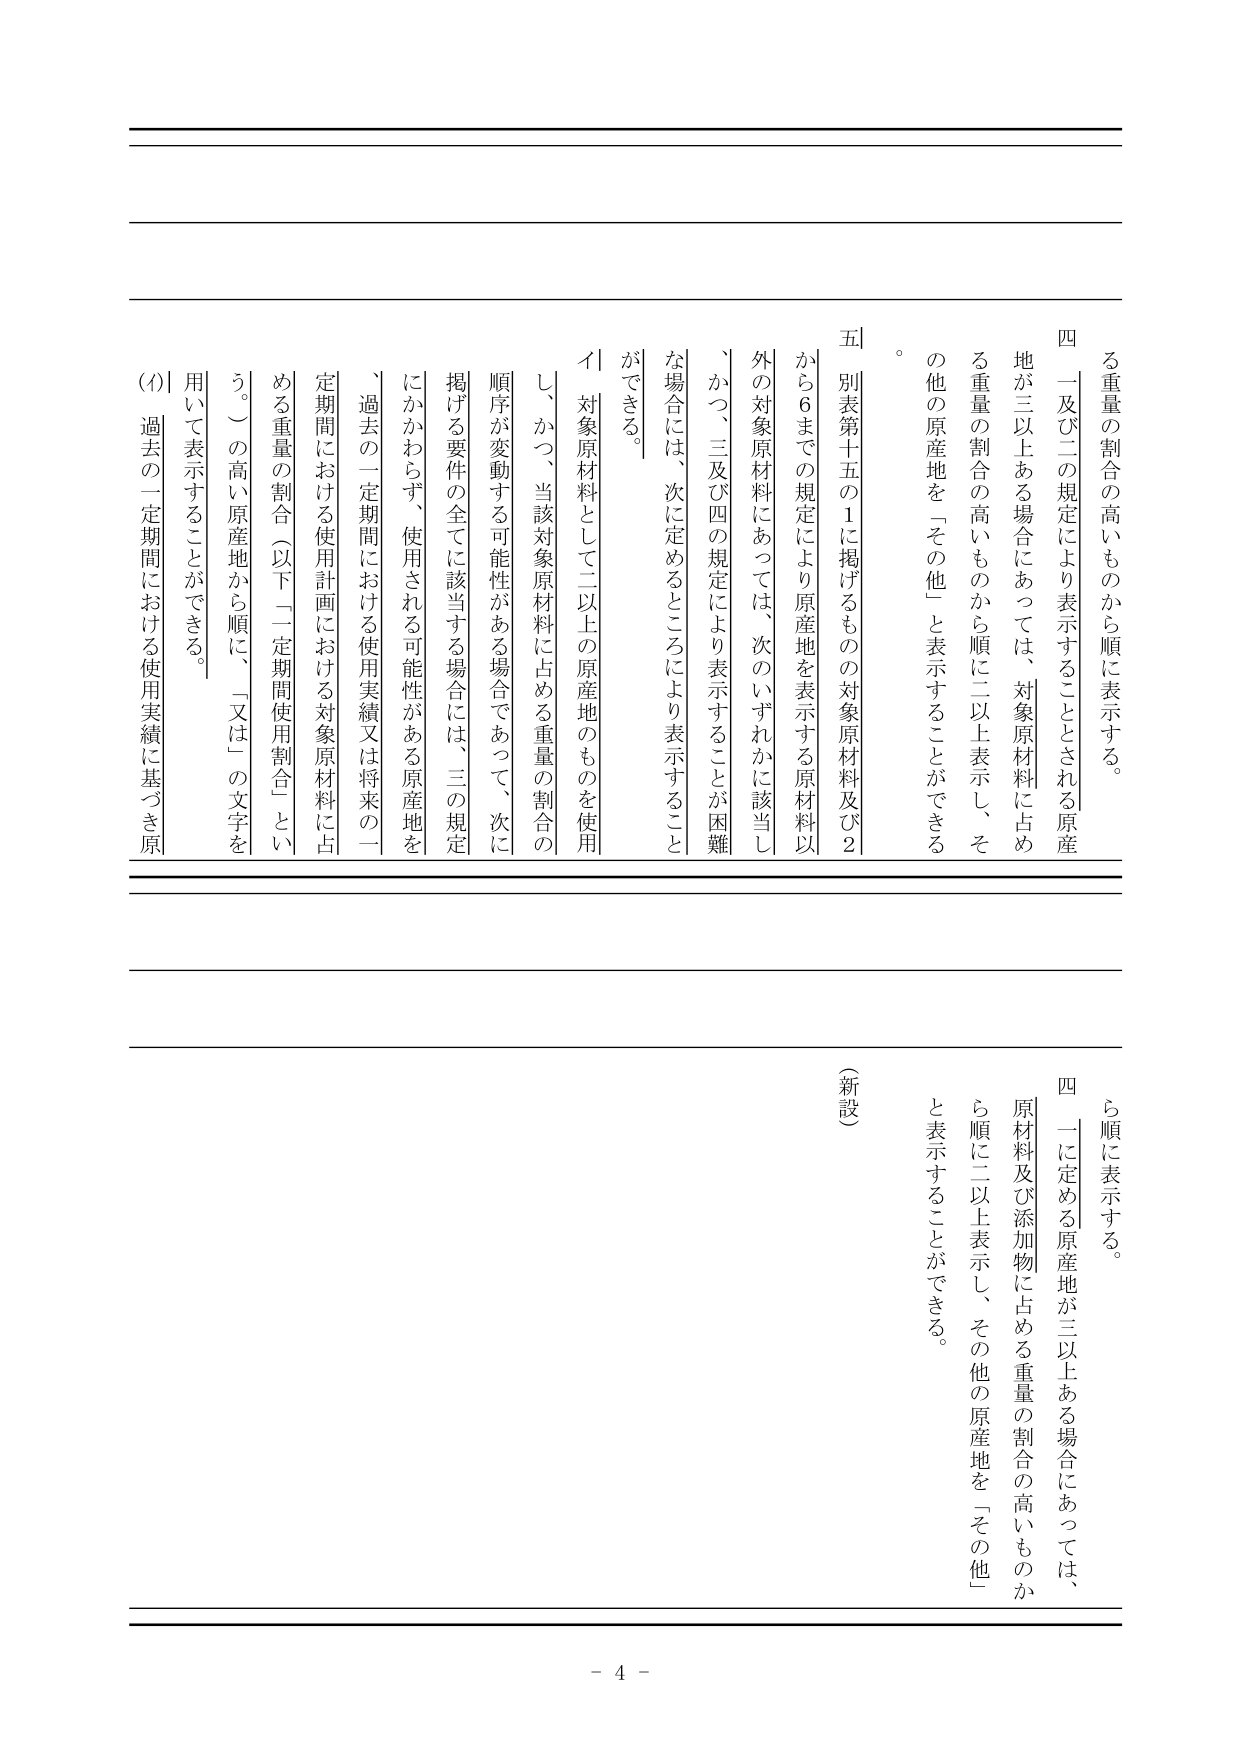
る重量の割合の高いものから順に表示する。
四　一及び二の規定により表示することとされる原産地が三以上ある場合にあっては、対象原材料に占める重量の割合の高いものから順に二以上表示し、その他の原産地を「その他」と表示することができる。
五　別表第十五の１に掲げるものの対象原材料及び２から６までの規定により原産地を表示する原材料以外の対象原材料にあっては、次のいずれかに該当し、かつ、三及び四の規定により表示することが困難な場合には、次に定めるところにより表示することができる。
　イ　対象原材料として二以上の原産地のものを使用し、かつ、当該対象原材料に占める重量の割合の順序が変動する可能性がある場合であって、次に掲げる要件の全てに該当する場合には、三の規定にかかわらず、使用される可能性がある原産地を、過去の一定期間における使用実績又は将来の一定期間における使用計画における対象原材料に占める重量の割合（以下「一定期間使用割合」という。）の高い原産地から順に、「又は」の文字を用いて表示することができる。
　(ｲ)　過去の一定期間における使用実績に基づき原
　　ら順に表示する。
四　一に定める原産地が三以上ある場合にあっては、原材料及び添加物に占める重量の割合の高いものから順に二以上表示し、その他の原産地を「その他」と表示することができる。
（新設）
- 4 -